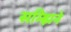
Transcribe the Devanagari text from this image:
सम्झिने